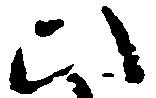
ひ